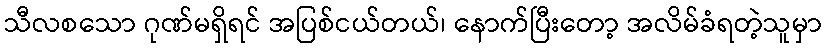
သီလစသော ဂုဏ်မရှိရင် အပြစ်ငယ်တယ်၊ နောက်ပြီးတော့ အလိမ်ခံရတဲ့သူမှာ